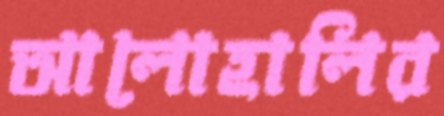
আলোহালির